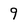
Character: 9